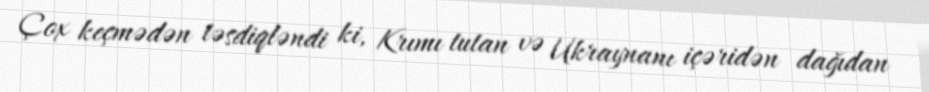
Çox keçmədən təsdiqləndi ki, Krımı tutan və Ukraynanı içəridən dağıdan